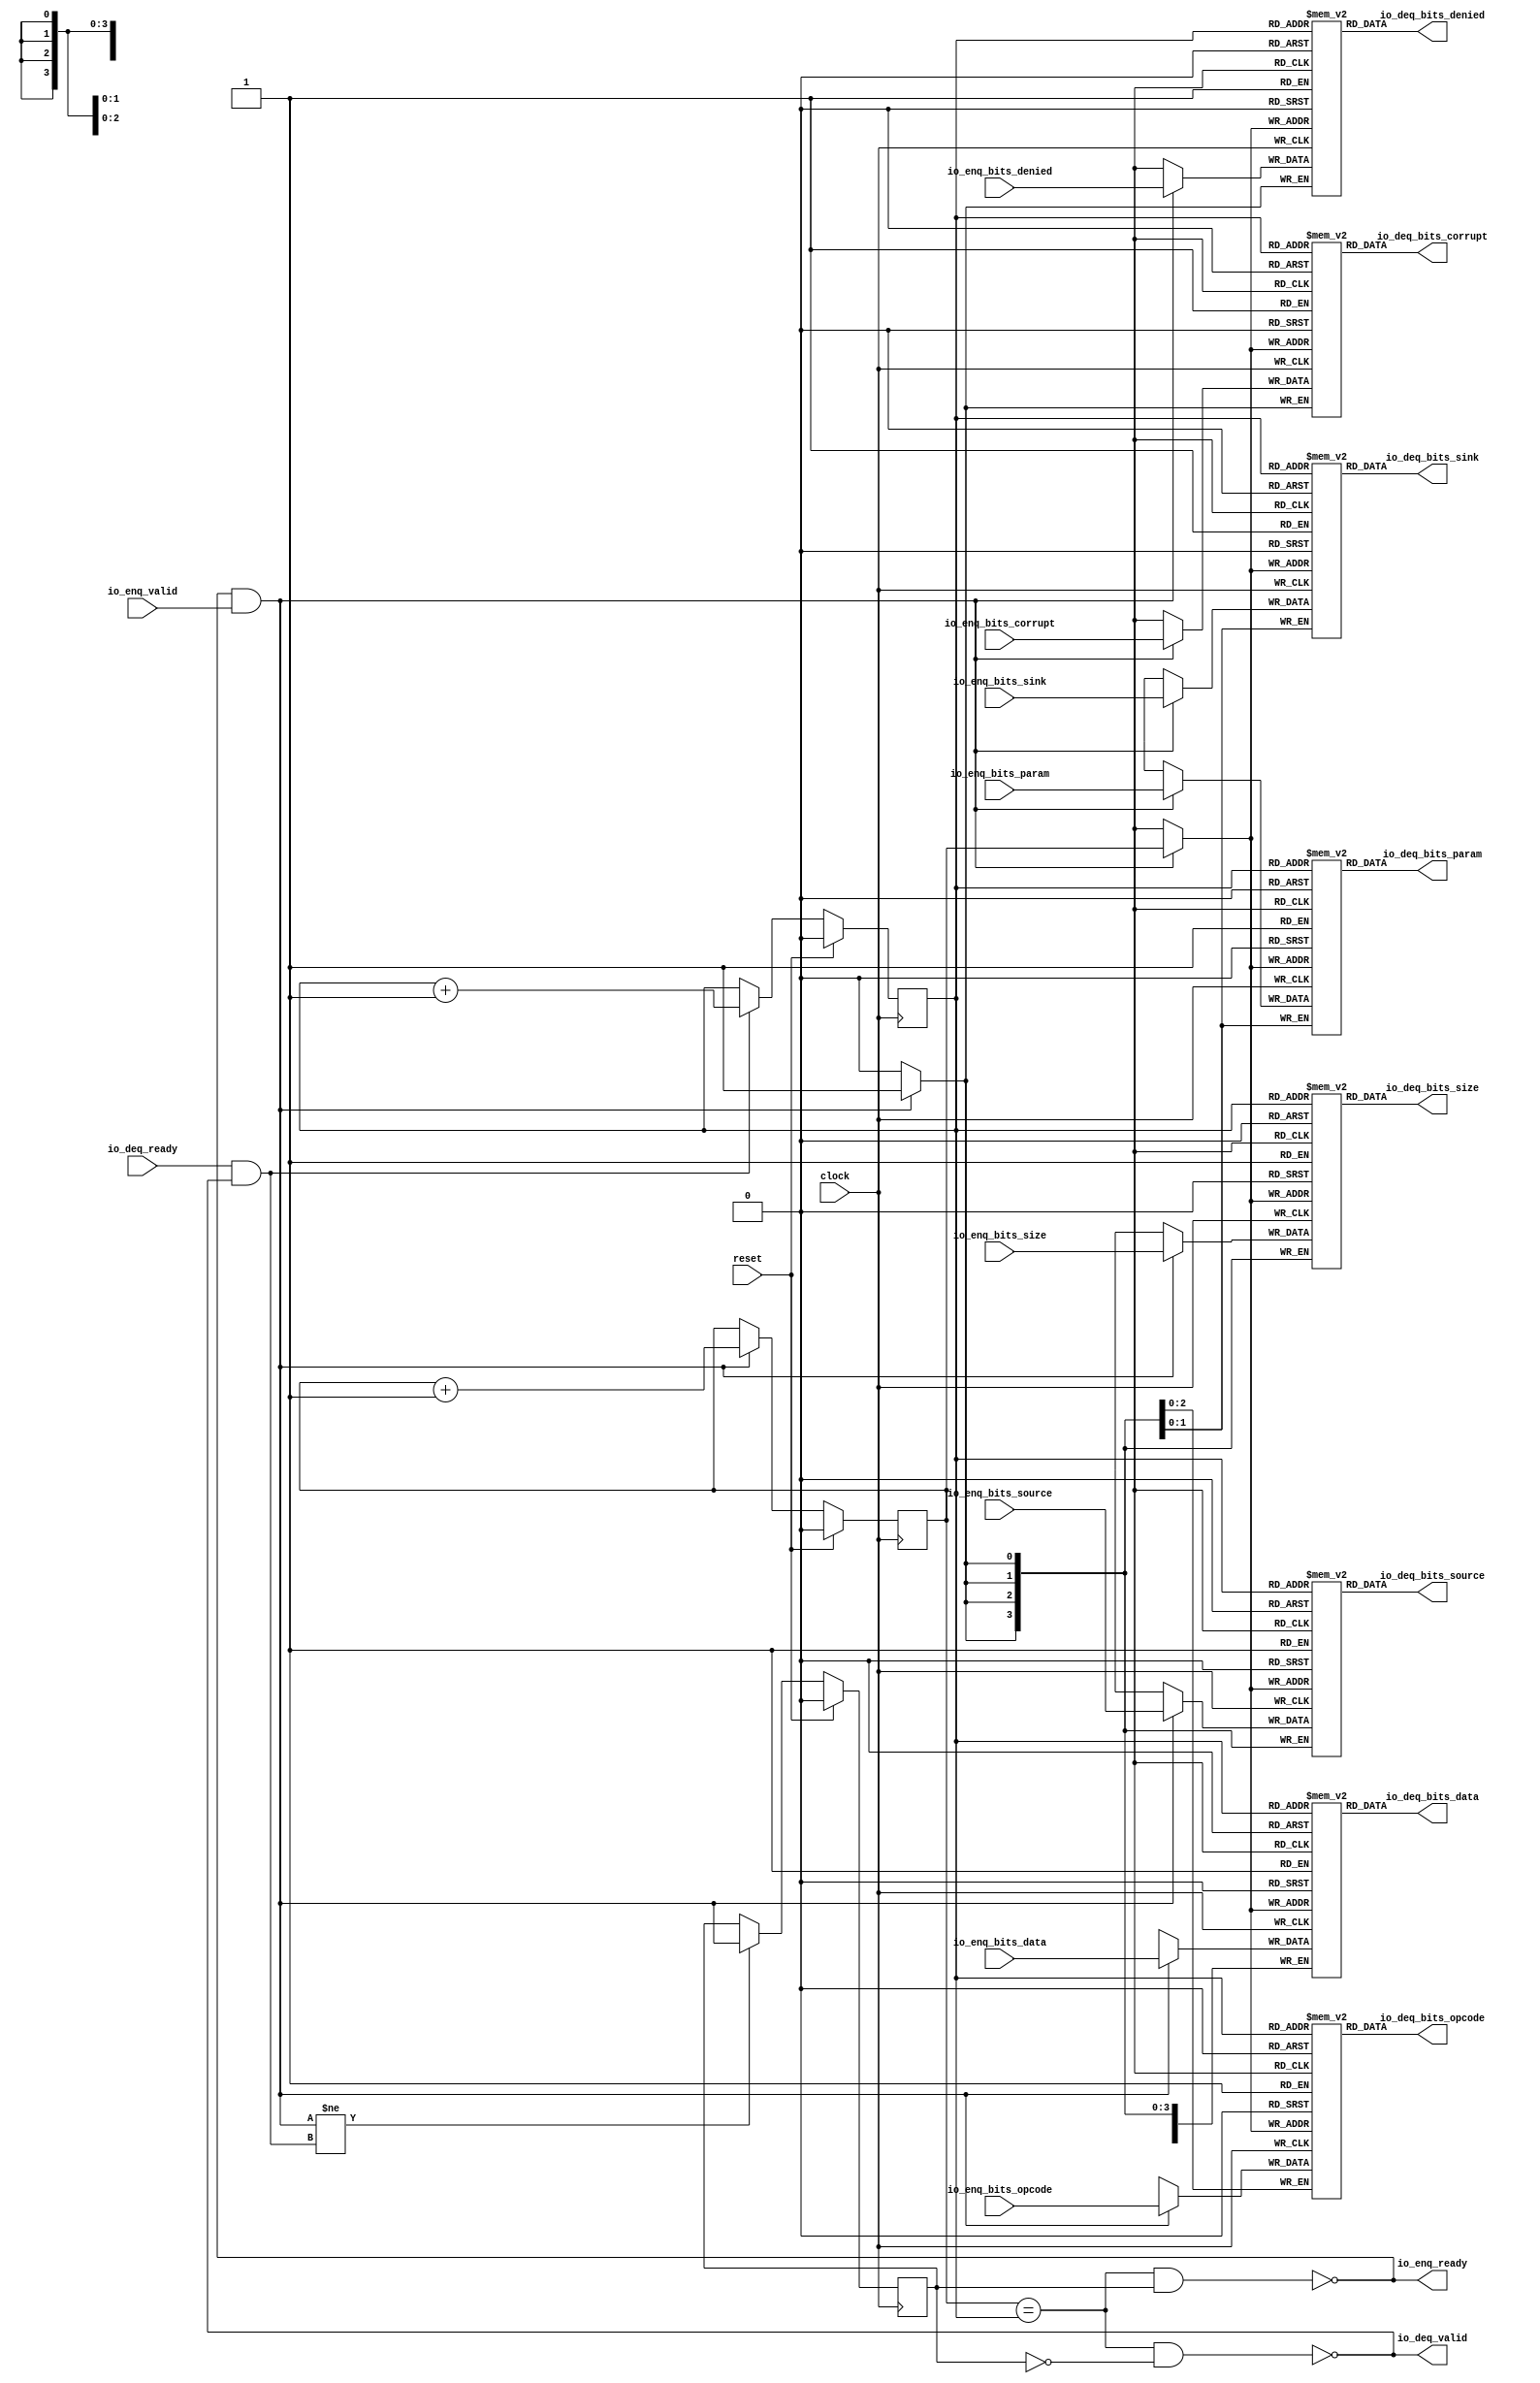
module Queue_13( // @[:freechips.rocketchip.system.DefaultRV32Config.fir@33360.2]
  input         clock, // @[:freechips.rocketchip.system.DefaultRV32Config.fir@33361.4]
  input         reset, // @[:freechips.rocketchip.system.DefaultRV32Config.fir@33362.4]
  output        io_enq_ready, // @[:freechips.rocketchip.system.DefaultRV32Config.fir@33363.4]
  input         io_enq_valid, // @[:freechips.rocketchip.system.DefaultRV32Config.fir@33363.4]
  input  [2:0]  io_enq_bits_opcode, // @[:freechips.rocketchip.system.DefaultRV32Config.fir@33363.4]
  input  [1:0]  io_enq_bits_param, // @[:freechips.rocketchip.system.DefaultRV32Config.fir@33363.4]
  input  [3:0]  io_enq_bits_size, // @[:freechips.rocketchip.system.DefaultRV32Config.fir@33363.4]
  input  [3:0]  io_enq_bits_source, // @[:freechips.rocketchip.system.DefaultRV32Config.fir@33363.4]
  input  [1:0]  io_enq_bits_sink, // @[:freechips.rocketchip.system.DefaultRV32Config.fir@33363.4]
  input         io_enq_bits_denied, // @[:freechips.rocketchip.system.DefaultRV32Config.fir@33363.4]
  input  [31:0] io_enq_bits_data, // @[:freechips.rocketchip.system.DefaultRV32Config.fir@33363.4]
  input         io_enq_bits_corrupt, // @[:freechips.rocketchip.system.DefaultRV32Config.fir@33363.4]
  input         io_deq_ready, // @[:freechips.rocketchip.system.DefaultRV32Config.fir@33363.4]
  output        io_deq_valid, // @[:freechips.rocketchip.system.DefaultRV32Config.fir@33363.4]
  output [2:0]  io_deq_bits_opcode, // @[:freechips.rocketchip.system.DefaultRV32Config.fir@33363.4]
  output [1:0]  io_deq_bits_param, // @[:freechips.rocketchip.system.DefaultRV32Config.fir@33363.4]
  output [3:0]  io_deq_bits_size, // @[:freechips.rocketchip.system.DefaultRV32Config.fir@33363.4]
  output [3:0]  io_deq_bits_source, // @[:freechips.rocketchip.system.DefaultRV32Config.fir@33363.4]
  output [1:0]  io_deq_bits_sink, // @[:freechips.rocketchip.system.DefaultRV32Config.fir@33363.4]
  output        io_deq_bits_denied, // @[:freechips.rocketchip.system.DefaultRV32Config.fir@33363.4]
  output [31:0] io_deq_bits_data, // @[:freechips.rocketchip.system.DefaultRV32Config.fir@33363.4]
  output        io_deq_bits_corrupt // @[:freechips.rocketchip.system.DefaultRV32Config.fir@33363.4]
);
`ifdef RANDOMIZE_MEM_INIT
  reg [31:0] _RAND_0;
  reg [31:0] _RAND_1;
  reg [31:0] _RAND_2;
  reg [31:0] _RAND_3;
  reg [31:0] _RAND_4;
  reg [31:0] _RAND_5;
  reg [31:0] _RAND_6;
  reg [31:0] _RAND_7;
`endif // RANDOMIZE_MEM_INIT
`ifdef RANDOMIZE_REG_INIT
  reg [31:0] _RAND_8;
  reg [31:0] _RAND_9;
  reg [31:0] _RAND_10;
`endif // RANDOMIZE_REG_INIT
  reg [2:0] ram_opcode [0:1]; // @[Decoupled.scala 209:16:freechips.rocketchip.system.DefaultRV32Config.fir@33365.4]
  wire [2:0] ram_opcode__T_15_data; // @[Decoupled.scala 209:16:freechips.rocketchip.system.DefaultRV32Config.fir@33365.4]
  wire  ram_opcode__T_15_addr; // @[Decoupled.scala 209:16:freechips.rocketchip.system.DefaultRV32Config.fir@33365.4]
  wire [2:0] ram_opcode__T_5_data; // @[Decoupled.scala 209:16:freechips.rocketchip.system.DefaultRV32Config.fir@33365.4]
  wire  ram_opcode__T_5_addr; // @[Decoupled.scala 209:16:freechips.rocketchip.system.DefaultRV32Config.fir@33365.4]
  wire  ram_opcode__T_5_mask; // @[Decoupled.scala 209:16:freechips.rocketchip.system.DefaultRV32Config.fir@33365.4]
  wire  ram_opcode__T_5_en; // @[Decoupled.scala 209:16:freechips.rocketchip.system.DefaultRV32Config.fir@33365.4]
  reg [1:0] ram_param [0:1]; // @[Decoupled.scala 209:16:freechips.rocketchip.system.DefaultRV32Config.fir@33365.4]
  wire [1:0] ram_param__T_15_data; // @[Decoupled.scala 209:16:freechips.rocketchip.system.DefaultRV32Config.fir@33365.4]
  wire  ram_param__T_15_addr; // @[Decoupled.scala 209:16:freechips.rocketchip.system.DefaultRV32Config.fir@33365.4]
  wire [1:0] ram_param__T_5_data; // @[Decoupled.scala 209:16:freechips.rocketchip.system.DefaultRV32Config.fir@33365.4]
  wire  ram_param__T_5_addr; // @[Decoupled.scala 209:16:freechips.rocketchip.system.DefaultRV32Config.fir@33365.4]
  wire  ram_param__T_5_mask; // @[Decoupled.scala 209:16:freechips.rocketchip.system.DefaultRV32Config.fir@33365.4]
  wire  ram_param__T_5_en; // @[Decoupled.scala 209:16:freechips.rocketchip.system.DefaultRV32Config.fir@33365.4]
  reg [3:0] ram_size [0:1]; // @[Decoupled.scala 209:16:freechips.rocketchip.system.DefaultRV32Config.fir@33365.4]
  wire [3:0] ram_size__T_15_data; // @[Decoupled.scala 209:16:freechips.rocketchip.system.DefaultRV32Config.fir@33365.4]
  wire  ram_size__T_15_addr; // @[Decoupled.scala 209:16:freechips.rocketchip.system.DefaultRV32Config.fir@33365.4]
  wire [3:0] ram_size__T_5_data; // @[Decoupled.scala 209:16:freechips.rocketchip.system.DefaultRV32Config.fir@33365.4]
  wire  ram_size__T_5_addr; // @[Decoupled.scala 209:16:freechips.rocketchip.system.DefaultRV32Config.fir@33365.4]
  wire  ram_size__T_5_mask; // @[Decoupled.scala 209:16:freechips.rocketchip.system.DefaultRV32Config.fir@33365.4]
  wire  ram_size__T_5_en; // @[Decoupled.scala 209:16:freechips.rocketchip.system.DefaultRV32Config.fir@33365.4]
  reg [3:0] ram_source [0:1]; // @[Decoupled.scala 209:16:freechips.rocketchip.system.DefaultRV32Config.fir@33365.4]
  wire [3:0] ram_source__T_15_data; // @[Decoupled.scala 209:16:freechips.rocketchip.system.DefaultRV32Config.fir@33365.4]
  wire  ram_source__T_15_addr; // @[Decoupled.scala 209:16:freechips.rocketchip.system.DefaultRV32Config.fir@33365.4]
  wire [3:0] ram_source__T_5_data; // @[Decoupled.scala 209:16:freechips.rocketchip.system.DefaultRV32Config.fir@33365.4]
  wire  ram_source__T_5_addr; // @[Decoupled.scala 209:16:freechips.rocketchip.system.DefaultRV32Config.fir@33365.4]
  wire  ram_source__T_5_mask; // @[Decoupled.scala 209:16:freechips.rocketchip.system.DefaultRV32Config.fir@33365.4]
  wire  ram_source__T_5_en; // @[Decoupled.scala 209:16:freechips.rocketchip.system.DefaultRV32Config.fir@33365.4]
  reg [1:0] ram_sink [0:1]; // @[Decoupled.scala 209:16:freechips.rocketchip.system.DefaultRV32Config.fir@33365.4]
  wire [1:0] ram_sink__T_15_data; // @[Decoupled.scala 209:16:freechips.rocketchip.system.DefaultRV32Config.fir@33365.4]
  wire  ram_sink__T_15_addr; // @[Decoupled.scala 209:16:freechips.rocketchip.system.DefaultRV32Config.fir@33365.4]
  wire [1:0] ram_sink__T_5_data; // @[Decoupled.scala 209:16:freechips.rocketchip.system.DefaultRV32Config.fir@33365.4]
  wire  ram_sink__T_5_addr; // @[Decoupled.scala 209:16:freechips.rocketchip.system.DefaultRV32Config.fir@33365.4]
  wire  ram_sink__T_5_mask; // @[Decoupled.scala 209:16:freechips.rocketchip.system.DefaultRV32Config.fir@33365.4]
  wire  ram_sink__T_5_en; // @[Decoupled.scala 209:16:freechips.rocketchip.system.DefaultRV32Config.fir@33365.4]
  reg  ram_denied [0:1]; // @[Decoupled.scala 209:16:freechips.rocketchip.system.DefaultRV32Config.fir@33365.4]
  wire  ram_denied__T_15_data; // @[Decoupled.scala 209:16:freechips.rocketchip.system.DefaultRV32Config.fir@33365.4]
  wire  ram_denied__T_15_addr; // @[Decoupled.scala 209:16:freechips.rocketchip.system.DefaultRV32Config.fir@33365.4]
  wire  ram_denied__T_5_data; // @[Decoupled.scala 209:16:freechips.rocketchip.system.DefaultRV32Config.fir@33365.4]
  wire  ram_denied__T_5_addr; // @[Decoupled.scala 209:16:freechips.rocketchip.system.DefaultRV32Config.fir@33365.4]
  wire  ram_denied__T_5_mask; // @[Decoupled.scala 209:16:freechips.rocketchip.system.DefaultRV32Config.fir@33365.4]
  wire  ram_denied__T_5_en; // @[Decoupled.scala 209:16:freechips.rocketchip.system.DefaultRV32Config.fir@33365.4]
  reg [31:0] ram_data [0:1]; // @[Decoupled.scala 209:16:freechips.rocketchip.system.DefaultRV32Config.fir@33365.4]
  wire [31:0] ram_data__T_15_data; // @[Decoupled.scala 209:16:freechips.rocketchip.system.DefaultRV32Config.fir@33365.4]
  wire  ram_data__T_15_addr; // @[Decoupled.scala 209:16:freechips.rocketchip.system.DefaultRV32Config.fir@33365.4]
  wire [31:0] ram_data__T_5_data; // @[Decoupled.scala 209:16:freechips.rocketchip.system.DefaultRV32Config.fir@33365.4]
  wire  ram_data__T_5_addr; // @[Decoupled.scala 209:16:freechips.rocketchip.system.DefaultRV32Config.fir@33365.4]
  wire  ram_data__T_5_mask; // @[Decoupled.scala 209:16:freechips.rocketchip.system.DefaultRV32Config.fir@33365.4]
  wire  ram_data__T_5_en; // @[Decoupled.scala 209:16:freechips.rocketchip.system.DefaultRV32Config.fir@33365.4]
  reg  ram_corrupt [0:1]; // @[Decoupled.scala 209:16:freechips.rocketchip.system.DefaultRV32Config.fir@33365.4]
  wire  ram_corrupt__T_15_data; // @[Decoupled.scala 209:16:freechips.rocketchip.system.DefaultRV32Config.fir@33365.4]
  wire  ram_corrupt__T_15_addr; // @[Decoupled.scala 209:16:freechips.rocketchip.system.DefaultRV32Config.fir@33365.4]
  wire  ram_corrupt__T_5_data; // @[Decoupled.scala 209:16:freechips.rocketchip.system.DefaultRV32Config.fir@33365.4]
  wire  ram_corrupt__T_5_addr; // @[Decoupled.scala 209:16:freechips.rocketchip.system.DefaultRV32Config.fir@33365.4]
  wire  ram_corrupt__T_5_mask; // @[Decoupled.scala 209:16:freechips.rocketchip.system.DefaultRV32Config.fir@33365.4]
  wire  ram_corrupt__T_5_en; // @[Decoupled.scala 209:16:freechips.rocketchip.system.DefaultRV32Config.fir@33365.4]
  reg  _T; // @[Counter.scala 29:33:freechips.rocketchip.system.DefaultRV32Config.fir@33366.4]
  reg  _T_1; // @[Counter.scala 29:33:freechips.rocketchip.system.DefaultRV32Config.fir@33367.4]
  reg  maybe_full; // @[Decoupled.scala 212:27:freechips.rocketchip.system.DefaultRV32Config.fir@33368.4]
  wire  ptr_match; // @[Decoupled.scala 214:33:freechips.rocketchip.system.DefaultRV32Config.fir@33369.4]
  wire  _T_2; // @[Decoupled.scala 215:28:freechips.rocketchip.system.DefaultRV32Config.fir@33370.4]
  wire  empty; // @[Decoupled.scala 215:25:freechips.rocketchip.system.DefaultRV32Config.fir@33371.4]
  wire  full; // @[Decoupled.scala 216:24:freechips.rocketchip.system.DefaultRV32Config.fir@33372.4]
  wire  do_enq; // @[Decoupled.scala 40:37:freechips.rocketchip.system.DefaultRV32Config.fir@33373.4]
  wire  do_deq; // @[Decoupled.scala 40:37:freechips.rocketchip.system.DefaultRV32Config.fir@33376.4]
  wire  _T_8; // @[Counter.scala 39:22:freechips.rocketchip.system.DefaultRV32Config.fir@33391.6]
  wire  _T_11; // @[Counter.scala 39:22:freechips.rocketchip.system.DefaultRV32Config.fir@33397.6]
  wire  _T_12; // @[Decoupled.scala 227:16:freechips.rocketchip.system.DefaultRV32Config.fir@33400.4]
  assign ram_opcode__T_15_addr = _T_1;
  assign ram_opcode__T_15_data = ram_opcode[ram_opcode__T_15_addr]; // @[Decoupled.scala 209:16:freechips.rocketchip.system.DefaultRV32Config.fir@33365.4]
  assign ram_opcode__T_5_data = io_enq_bits_opcode;
  assign ram_opcode__T_5_addr = _T;
  assign ram_opcode__T_5_mask = 1'h1;
  assign ram_opcode__T_5_en = io_enq_ready & io_enq_valid;
  assign ram_param__T_15_addr = _T_1;
  assign ram_param__T_15_data = ram_param[ram_param__T_15_addr]; // @[Decoupled.scala 209:16:freechips.rocketchip.system.DefaultRV32Config.fir@33365.4]
  assign ram_param__T_5_data = io_enq_bits_param;
  assign ram_param__T_5_addr = _T;
  assign ram_param__T_5_mask = 1'h1;
  assign ram_param__T_5_en = io_enq_ready & io_enq_valid;
  assign ram_size__T_15_addr = _T_1;
  assign ram_size__T_15_data = ram_size[ram_size__T_15_addr]; // @[Decoupled.scala 209:16:freechips.rocketchip.system.DefaultRV32Config.fir@33365.4]
  assign ram_size__T_5_data = io_enq_bits_size;
  assign ram_size__T_5_addr = _T;
  assign ram_size__T_5_mask = 1'h1;
  assign ram_size__T_5_en = io_enq_ready & io_enq_valid;
  assign ram_source__T_15_addr = _T_1;
  assign ram_source__T_15_data = ram_source[ram_source__T_15_addr]; // @[Decoupled.scala 209:16:freechips.rocketchip.system.DefaultRV32Config.fir@33365.4]
  assign ram_source__T_5_data = io_enq_bits_source;
  assign ram_source__T_5_addr = _T;
  assign ram_source__T_5_mask = 1'h1;
  assign ram_source__T_5_en = io_enq_ready & io_enq_valid;
  assign ram_sink__T_15_addr = _T_1;
  assign ram_sink__T_15_data = ram_sink[ram_sink__T_15_addr]; // @[Decoupled.scala 209:16:freechips.rocketchip.system.DefaultRV32Config.fir@33365.4]
  assign ram_sink__T_5_data = io_enq_bits_sink;
  assign ram_sink__T_5_addr = _T;
  assign ram_sink__T_5_mask = 1'h1;
  assign ram_sink__T_5_en = io_enq_ready & io_enq_valid;
  assign ram_denied__T_15_addr = _T_1;
  assign ram_denied__T_15_data = ram_denied[ram_denied__T_15_addr]; // @[Decoupled.scala 209:16:freechips.rocketchip.system.DefaultRV32Config.fir@33365.4]
  assign ram_denied__T_5_data = io_enq_bits_denied;
  assign ram_denied__T_5_addr = _T;
  assign ram_denied__T_5_mask = 1'h1;
  assign ram_denied__T_5_en = io_enq_ready & io_enq_valid;
  assign ram_data__T_15_addr = _T_1;
  assign ram_data__T_15_data = ram_data[ram_data__T_15_addr]; // @[Decoupled.scala 209:16:freechips.rocketchip.system.DefaultRV32Config.fir@33365.4]
  assign ram_data__T_5_data = io_enq_bits_data;
  assign ram_data__T_5_addr = _T;
  assign ram_data__T_5_mask = 1'h1;
  assign ram_data__T_5_en = io_enq_ready & io_enq_valid;
  assign ram_corrupt__T_15_addr = _T_1;
  assign ram_corrupt__T_15_data = ram_corrupt[ram_corrupt__T_15_addr]; // @[Decoupled.scala 209:16:freechips.rocketchip.system.DefaultRV32Config.fir@33365.4]
  assign ram_corrupt__T_5_data = io_enq_bits_corrupt;
  assign ram_corrupt__T_5_addr = _T;
  assign ram_corrupt__T_5_mask = 1'h1;
  assign ram_corrupt__T_5_en = io_enq_ready & io_enq_valid;
  assign ptr_match = _T == _T_1; // @[Decoupled.scala 214:33:freechips.rocketchip.system.DefaultRV32Config.fir@33369.4]
  assign _T_2 = ~maybe_full; // @[Decoupled.scala 215:28:freechips.rocketchip.system.DefaultRV32Config.fir@33370.4]
  assign empty = ptr_match & _T_2; // @[Decoupled.scala 215:25:freechips.rocketchip.system.DefaultRV32Config.fir@33371.4]
  assign full = ptr_match & maybe_full; // @[Decoupled.scala 216:24:freechips.rocketchip.system.DefaultRV32Config.fir@33372.4]
  assign do_enq = io_enq_ready & io_enq_valid; // @[Decoupled.scala 40:37:freechips.rocketchip.system.DefaultRV32Config.fir@33373.4]
  assign do_deq = io_deq_ready & io_deq_valid; // @[Decoupled.scala 40:37:freechips.rocketchip.system.DefaultRV32Config.fir@33376.4]
  assign _T_8 = _T + 1'h1; // @[Counter.scala 39:22:freechips.rocketchip.system.DefaultRV32Config.fir@33391.6]
  assign _T_11 = _T_1 + 1'h1; // @[Counter.scala 39:22:freechips.rocketchip.system.DefaultRV32Config.fir@33397.6]
  assign _T_12 = do_enq != do_deq; // @[Decoupled.scala 227:16:freechips.rocketchip.system.DefaultRV32Config.fir@33400.4]
  assign io_enq_ready = ~full; // @[Decoupled.scala 232:16:freechips.rocketchip.system.DefaultRV32Config.fir@33407.4]
  assign io_deq_valid = ~empty; // @[Decoupled.scala 231:16:freechips.rocketchip.system.DefaultRV32Config.fir@33405.4]
  assign io_deq_bits_opcode = ram_opcode__T_15_data; // @[Decoupled.scala 233:15:freechips.rocketchip.system.DefaultRV32Config.fir@33416.4]
  assign io_deq_bits_param = ram_param__T_15_data; // @[Decoupled.scala 233:15:freechips.rocketchip.system.DefaultRV32Config.fir@33415.4]
  assign io_deq_bits_size = ram_size__T_15_data; // @[Decoupled.scala 233:15:freechips.rocketchip.system.DefaultRV32Config.fir@33414.4]
  assign io_deq_bits_source = ram_source__T_15_data; // @[Decoupled.scala 233:15:freechips.rocketchip.system.DefaultRV32Config.fir@33413.4]
  assign io_deq_bits_sink = ram_sink__T_15_data; // @[Decoupled.scala 233:15:freechips.rocketchip.system.DefaultRV32Config.fir@33412.4]
  assign io_deq_bits_denied = ram_denied__T_15_data; // @[Decoupled.scala 233:15:freechips.rocketchip.system.DefaultRV32Config.fir@33411.4]
  assign io_deq_bits_data = ram_data__T_15_data; // @[Decoupled.scala 233:15:freechips.rocketchip.system.DefaultRV32Config.fir@33410.4]
  assign io_deq_bits_corrupt = ram_corrupt__T_15_data; // @[Decoupled.scala 233:15:freechips.rocketchip.system.DefaultRV32Config.fir@33409.4]
`ifdef RANDOMIZE_GARBAGE_ASSIGN
`define RANDOMIZE
`endif
`ifdef RANDOMIZE_INVALID_ASSIGN
`define RANDOMIZE
`endif
`ifdef RANDOMIZE_REG_INIT
`define RANDOMIZE
`endif
`ifdef RANDOMIZE_MEM_INIT
`define RANDOMIZE
`endif
`ifndef RANDOM
`define RANDOM $random
`endif
`ifdef RANDOMIZE_MEM_INIT
  integer initvar;
`endif
`ifndef SYNTHESIS
`ifdef FIRRTL_BEFORE_INITIAL
`FIRRTL_BEFORE_INITIAL
`endif
initial begin
  `ifdef RANDOMIZE
    `ifdef INIT_RANDOM
      `INIT_RANDOM
    `endif
    `ifndef VERILATOR
      `ifdef RANDOMIZE_DELAY
        #`RANDOMIZE_DELAY begin end
      `else
        #0.002 begin end
      `endif
    `endif
`ifdef RANDOMIZE_MEM_INIT
  _RAND_0 = {1{`RANDOM}};
  for (initvar = 0; initvar < 2; initvar = initvar+1)
    ram_opcode[initvar] = _RAND_0[2:0];
  _RAND_1 = {1{`RANDOM}};
  for (initvar = 0; initvar < 2; initvar = initvar+1)
    ram_param[initvar] = _RAND_1[1:0];
  _RAND_2 = {1{`RANDOM}};
  for (initvar = 0; initvar < 2; initvar = initvar+1)
    ram_size[initvar] = _RAND_2[3:0];
  _RAND_3 = {1{`RANDOM}};
  for (initvar = 0; initvar < 2; initvar = initvar+1)
    ram_source[initvar] = _RAND_3[3:0];
  _RAND_4 = {1{`RANDOM}};
  for (initvar = 0; initvar < 2; initvar = initvar+1)
    ram_sink[initvar] = _RAND_4[1:0];
  _RAND_5 = {1{`RANDOM}};
  for (initvar = 0; initvar < 2; initvar = initvar+1)
    ram_denied[initvar] = _RAND_5[0:0];
  _RAND_6 = {1{`RANDOM}};
  for (initvar = 0; initvar < 2; initvar = initvar+1)
    ram_data[initvar] = _RAND_6[31:0];
  _RAND_7 = {1{`RANDOM}};
  for (initvar = 0; initvar < 2; initvar = initvar+1)
    ram_corrupt[initvar] = _RAND_7[0:0];
`endif // RANDOMIZE_MEM_INIT
`ifdef RANDOMIZE_REG_INIT
  _RAND_8 = {1{`RANDOM}};
  _T = _RAND_8[0:0];
  _RAND_9 = {1{`RANDOM}};
  _T_1 = _RAND_9[0:0];
  _RAND_10 = {1{`RANDOM}};
  maybe_full = _RAND_10[0:0];
`endif // RANDOMIZE_REG_INIT
  `endif // RANDOMIZE
end // initial
`ifdef FIRRTL_AFTER_INITIAL
`FIRRTL_AFTER_INITIAL
`endif
`endif // SYNTHESIS
  always @(posedge clock) begin
    if(ram_opcode__T_5_en & ram_opcode__T_5_mask) begin
      ram_opcode[ram_opcode__T_5_addr] <= ram_opcode__T_5_data; // @[Decoupled.scala 209:16:freechips.rocketchip.system.DefaultRV32Config.fir@33365.4]
    end
    if(ram_param__T_5_en & ram_param__T_5_mask) begin
      ram_param[ram_param__T_5_addr] <= ram_param__T_5_data; // @[Decoupled.scala 209:16:freechips.rocketchip.system.DefaultRV32Config.fir@33365.4]
    end
    if(ram_size__T_5_en & ram_size__T_5_mask) begin
      ram_size[ram_size__T_5_addr] <= ram_size__T_5_data; // @[Decoupled.scala 209:16:freechips.rocketchip.system.DefaultRV32Config.fir@33365.4]
    end
    if(ram_source__T_5_en & ram_source__T_5_mask) begin
      ram_source[ram_source__T_5_addr] <= ram_source__T_5_data; // @[Decoupled.scala 209:16:freechips.rocketchip.system.DefaultRV32Config.fir@33365.4]
    end
    if(ram_sink__T_5_en & ram_sink__T_5_mask) begin
      ram_sink[ram_sink__T_5_addr] <= ram_sink__T_5_data; // @[Decoupled.scala 209:16:freechips.rocketchip.system.DefaultRV32Config.fir@33365.4]
    end
    if(ram_denied__T_5_en & ram_denied__T_5_mask) begin
      ram_denied[ram_denied__T_5_addr] <= ram_denied__T_5_data; // @[Decoupled.scala 209:16:freechips.rocketchip.system.DefaultRV32Config.fir@33365.4]
    end
    if(ram_data__T_5_en & ram_data__T_5_mask) begin
      ram_data[ram_data__T_5_addr] <= ram_data__T_5_data; // @[Decoupled.scala 209:16:freechips.rocketchip.system.DefaultRV32Config.fir@33365.4]
    end
    if(ram_corrupt__T_5_en & ram_corrupt__T_5_mask) begin
      ram_corrupt[ram_corrupt__T_5_addr] <= ram_corrupt__T_5_data; // @[Decoupled.scala 209:16:freechips.rocketchip.system.DefaultRV32Config.fir@33365.4]
    end
    if (reset) begin
      _T <= 1'h0;
    end else if (do_enq) begin
      _T <= _T_8;
    end
    if (reset) begin
      _T_1 <= 1'h0;
    end else if (do_deq) begin
      _T_1 <= _T_11;
    end
    if (reset) begin
      maybe_full <= 1'h0;
    end else if (_T_12) begin
      maybe_full <= do_enq;
    end
  end
endmodule